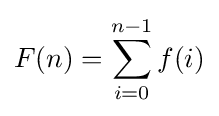
F(n)=\sum _{i=0}^{n-1}f(i)